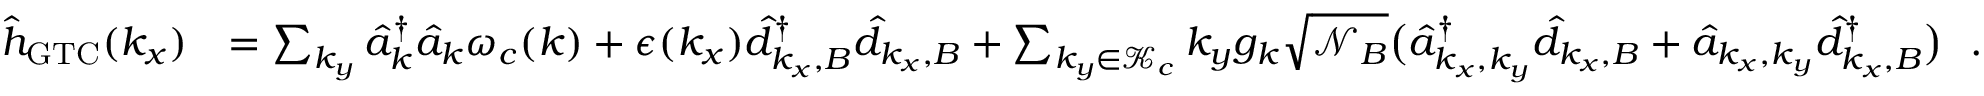
\begin{array} { r l } { { \hat { h } } _ { \mathrm { G T C } } ( k _ { x } ) } & { = \sum _ { { k _ { y } } } \hat { a } _ { \boldsymbol k } ^ { \dagger } \hat { a } _ { \boldsymbol k } \omega _ { c } ( { \boldsymbol k } ) + \epsilon ( k _ { x } ) \hat { d } _ { k _ { x } , B } ^ { \dagger } \hat { d } _ { k _ { x } , B } + \sum _ { k _ { y } \in \mathcal { K } _ { c } } k _ { y } { g _ { \boldsymbol k } } \sqrt { \mathcal { N } _ { B } } \big ( \hat { a } _ { k _ { x } , k _ { y } } ^ { \dagger } \hat { d } _ { k _ { x } , B } + \hat { a } _ { { k _ { x } , k _ { y } } } \hat { d } _ { k _ { x } , B } ^ { \dagger } \big ) ~ ~ . } \end{array}